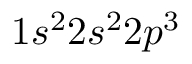
1 s ^ { 2 } 2 s ^ { 2 } 2 p ^ { 3 }